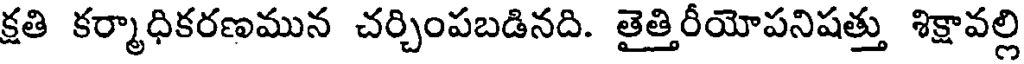
క్షతి కర్మాధికరణమున చర్చింపబడినది. తైత్తిరీయోపనిషత్తు శిక్షావల్లి